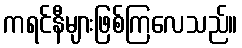
ကရင်နီများဖြစ်ကြလေသည်။